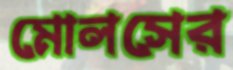
মোলসের